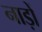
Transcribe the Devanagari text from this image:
नाड़ों